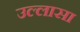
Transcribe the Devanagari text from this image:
उल्लासा